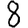
Digit: 8